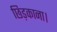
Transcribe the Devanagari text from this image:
छिड़काना।